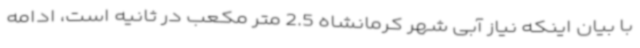
با بیان اینکه نیاز آبی شهر کرمانشاه 2.5 متر مکعب در ثانیه است، ادامه